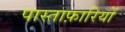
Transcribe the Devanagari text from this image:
पास्ताफ़ारियों